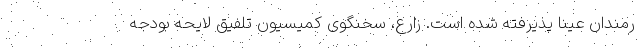
رمندان عینا پذیرفته شده است. زارع، سخنگوی کمیسیون تلفیق لایحه بودجه